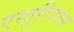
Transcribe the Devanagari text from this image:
एस्तूरियास